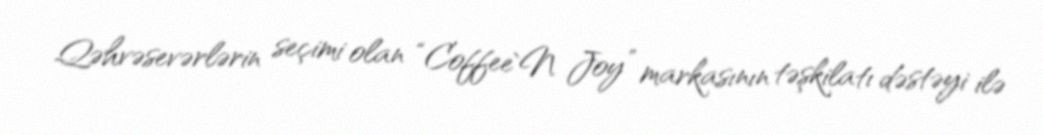
Qəhvəsevərlərin seçimi olan “Coffee`N Joy” markasının təşkilatı dəstəyi ilə